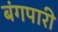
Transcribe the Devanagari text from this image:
बंगपारी